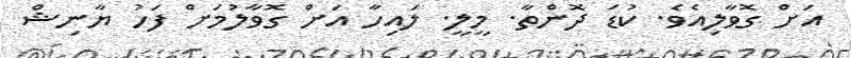
އަށް ގޮވާލިއެވެ. ކުޑަ ދޮންތާ. މީލީ. ލައިހާ އަށް ގޮވާލުމަށް ފަހު ޔާނިޝް